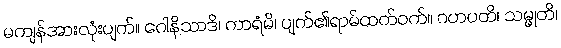
မကျန်အားလုံးပျက်။ ဂေါနိသာဒိ၊ ကာရံမိ၊ ပျက်၏ရာမ်ထက်ဝက်။ ဂဟပတိ၊ သမ္မုတိ၊